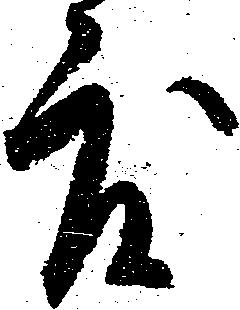
度